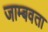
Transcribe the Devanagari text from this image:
जाम्बवता